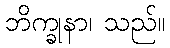
ဘိက္ခုနာ၊ သည်။